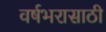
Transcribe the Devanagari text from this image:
वर्षभरासाठी